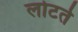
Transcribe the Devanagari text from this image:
लोटते